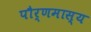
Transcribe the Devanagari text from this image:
पौर्णमास्य